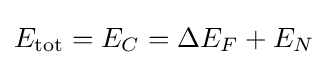
E_{\rm {tot}}=E_{C}=\Delta E_{F}+E_{N}